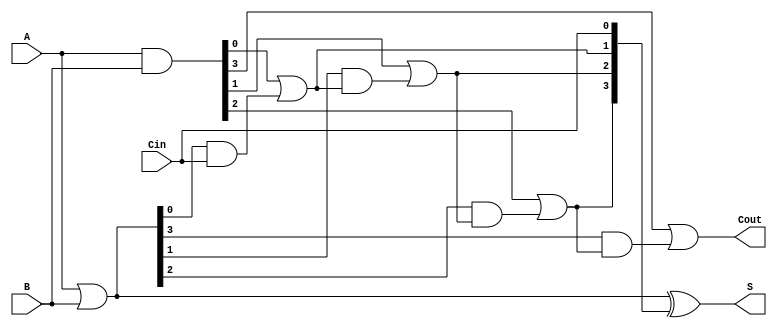
module ripple_carry_lookahead_adder #(
    parameter n = 4 // Parameter for bit-width (can be modified)
) (
    input  [n-1:0] A,   // First n-bit input
    input  [n-1:0] B,   // Second n-bit input
    input          Cin,  // Carry-in
    output [n-1:0] S,    // n-bit sum output
    output         Cout   // Carry-out
);

    // Generate and Propagate signals
    wire [n-1:0] G; // Generate signals
    wire [n-1:0] P; // Propagate signals
    wire [n:0] C;   // Carry signals

    // Generate and Propagate calculations
    assign G = A & B;            // G[i] = A[i] & B[i]
    assign P = A | B;            // P[i] = A[i] | B[i]

    // Carry calculations
    assign C[0] = Cin; // C0 is the initial carry-in

    genvar i;
    generate
        for (i = 0; i < n; i = i + 1) begin : carry_gen
            if (i == 0) begin
                assign C[i+1] = G[i] | (P[i] & C[i]); // C1 = G0 + (P0 * C0)
            end else begin
                assign C[i+1] = G[i] | (P[i] & C[i]); // C[i+1] = G[i] + (P[i] * C[i])
            end
        end
    endgenerate

    // Sum calculation
    assign S = P ^ C[n-1:0]; // S[i] = P[i] ^ C[i]

    // Carry-out
    assign Cout = C[n]; // Cout = C[n]

endmodule